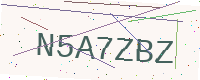
Text: N5A7ZBZ